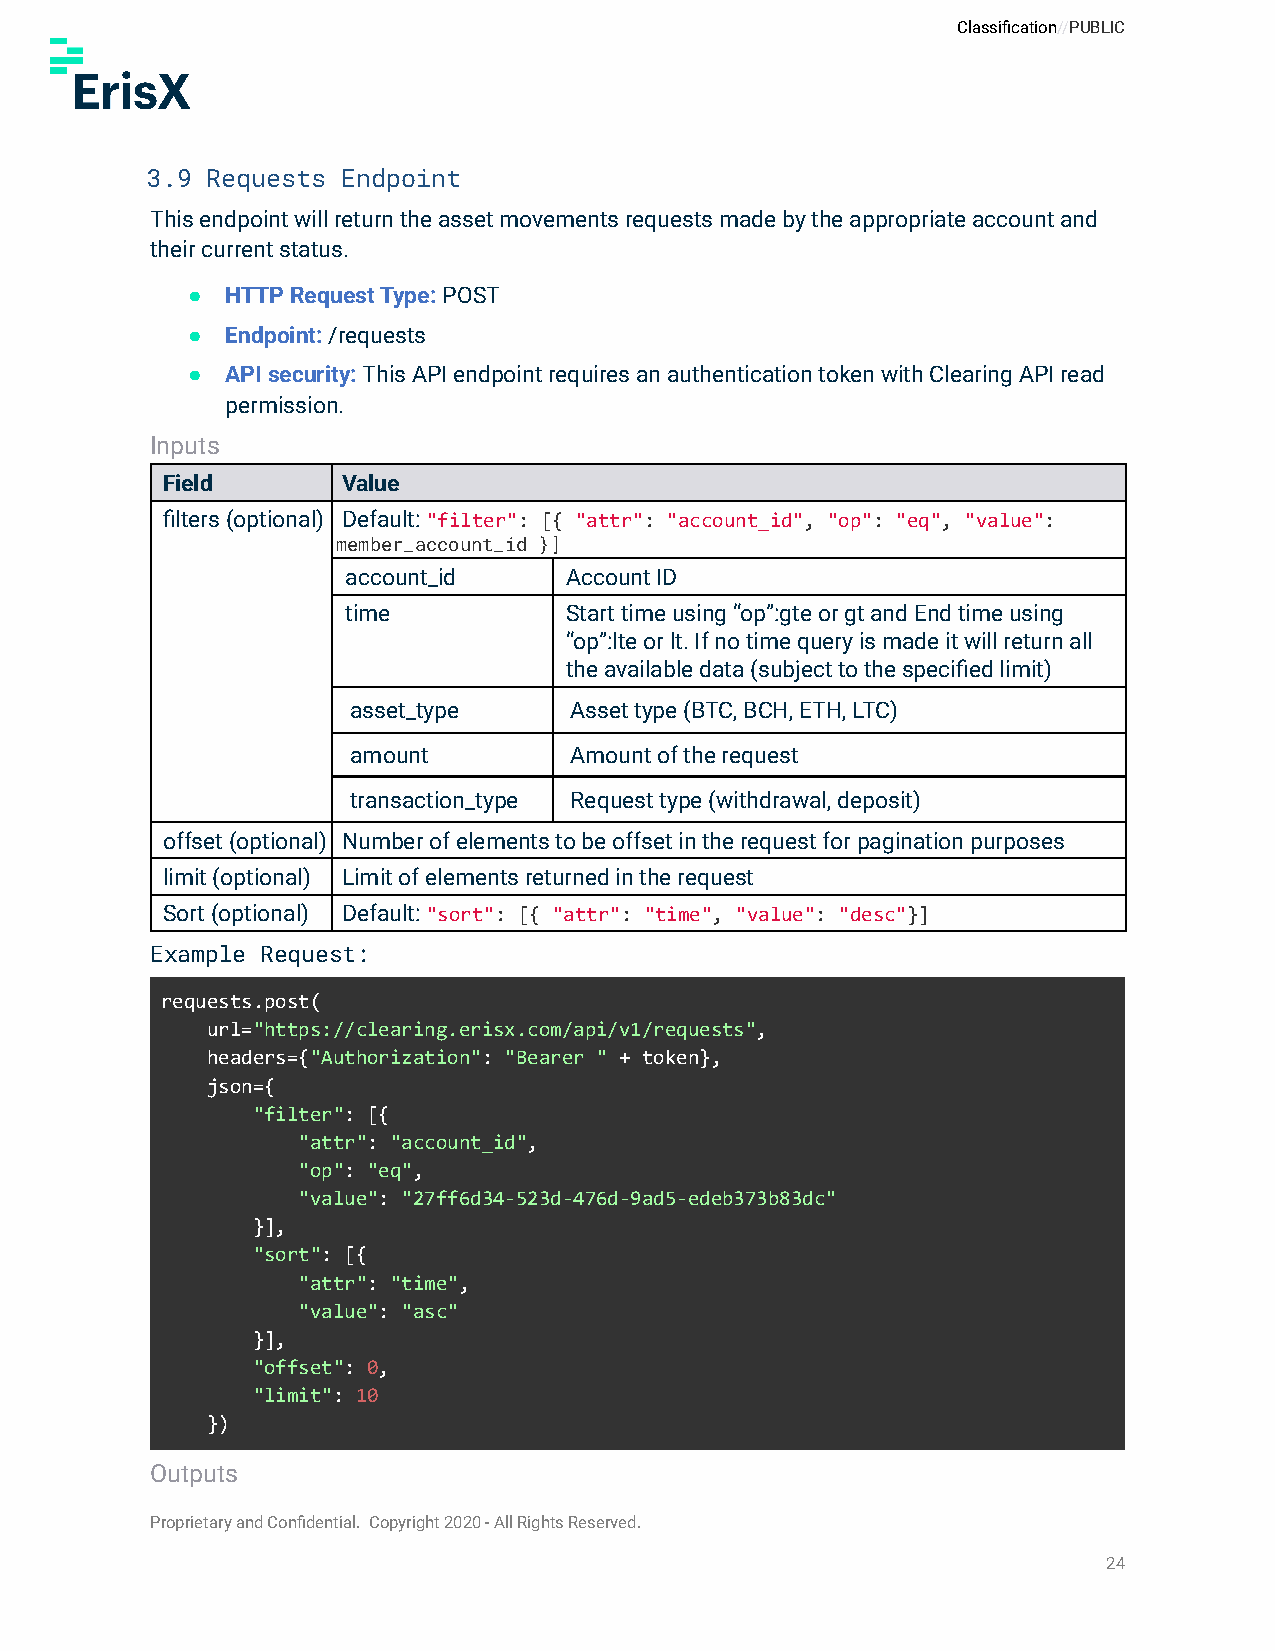
Classification//PUBLIC
 3.9 Requests Endpoint
 This endpoint will return the asset movements requests made by the appropriate account and
 their current status.
 ●  HTTP Request Type: POST
 ●  Endpoint:/requests
 ●  API security:This API endpoint requires an authenticationtoken with Clearing API read
 permission.
 Inputs
 Field       Value
 filters (optional) Default:"filter": [{ "attr": "account_id", "op": "eq", "value":
 member_account_id }]
 account_id    Account ID
 time          Start time using “op”:gte or gt and End time using
 “op”:lte or lt. If no time query is made it will return all
 the available data (subject to the specified limit)
 asset_type     Asset type (BTC, BCH, ETH, LTC)
 amount         Amount of the request
 transaction_type Request type (withdrawal, deposit)
 offset (optional) Number of elements to be offset in the request for pagination purposes
 limit (optional) Limit of elements returned in the request
 Sort (optional) Default:"sort": [{ "attr": "time", "value": "desc"}]
 Example Request:
 requests.post(
 url="https://clearing.erisx.com/api/v1/requests",
 headers={"Authorization": "Bearer " + token},
 json={
 "filter": [{
 "attr": "account_id",
 "op": "eq",
 "value": "27ff6d34-523d-476d-9ad5-edeb373b83dc"
 }],
 "sort": [{
 "attr": "time",
 "value": "asc"
 }],
 "offset": 0,
 "limit": 10
 })
 Outputs
 Proprietary and Confidential. Copyright 2020 - All Rights Reserved.
 24